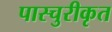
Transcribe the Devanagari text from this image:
पास्चुरीकृत